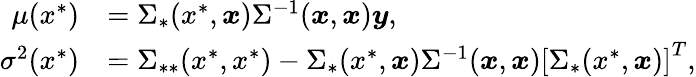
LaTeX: \begin{array}{rl}{\mu(x^{*})}&{=\Sigma_{*}(x^{*},\boldsymbol{x})\Sigma^{-1}(\boldsymbol{x},\boldsymbol{x})\boldsymbol{y},}\\ {\sigma^{2}(x^{*})}&{=\Sigma_{**}(x^{*},x^{*})-\Sigma_{*}(x^{*},\boldsymbol{x})\Sigma^{-1}(\boldsymbol{x},\boldsymbol{x})\left[\Sigma_{*}(x^{*},\boldsymbol{x})\right]^{T},}\end{array}